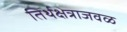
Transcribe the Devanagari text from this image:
तिर्थक्षेत्राजवळ